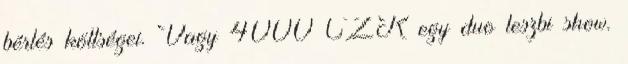
bérlés költségei. Vagy 4000 CZK egy duo leszbi show.